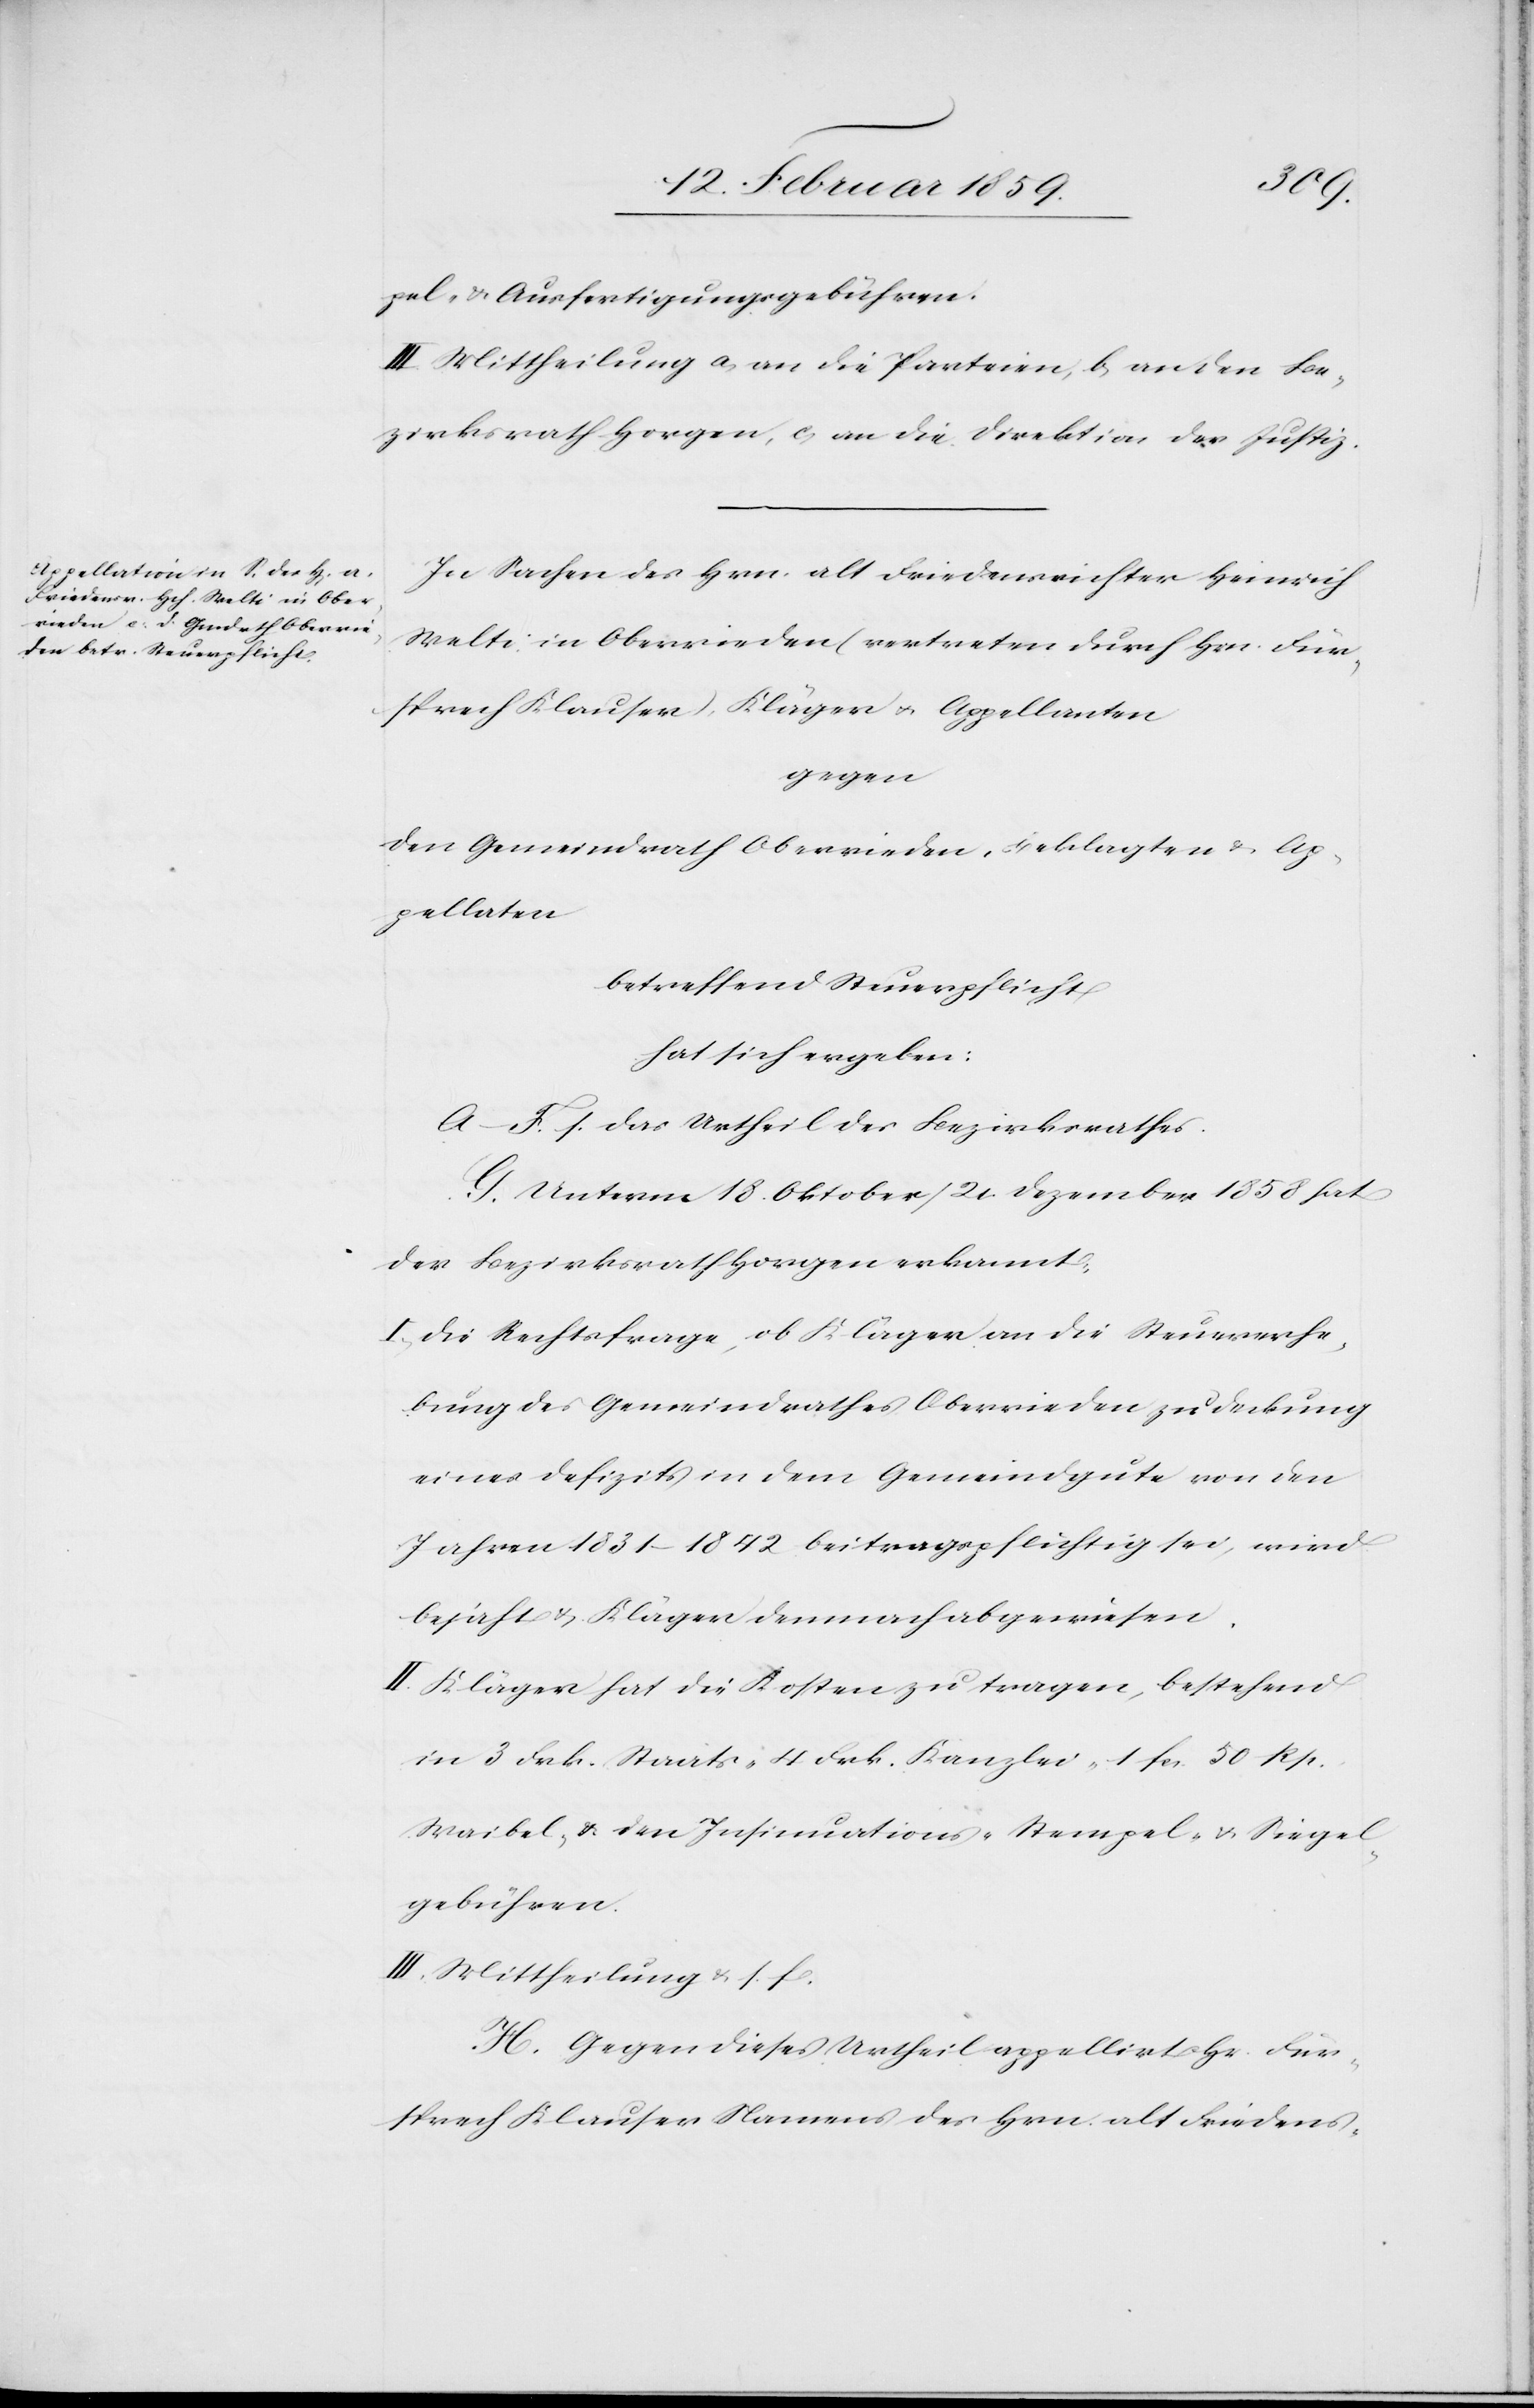
pel- & Ausfertigungsgebühren.
III. Mittheilung a) an die Parteien, b) an den Be¬
zirksrath Horgen, c) an die Direktion der Justiz.
In Sachen des Hrn. alt Friedensrichter Heinrich
Welti in Oberrieden (vertreten durch Hrn. Für¬
sprech Klauser), Kläger u. Appellanten
gegen
den Gemeindrath Oberrieden, Beklagten & Ap¬
pellaten
betreffend Steuerpflicht
hat sich ergeben:
A. –F. s. das Urtheil des Bezirksrathes.
G. Unterm 18. Oktober / 21. Dezember 1858 hat
der Bezirksrath Horgen erkannt:
I. Die Rechtsfrage, ob Kläger an die Steuererhe¬
bung des Gemeindrathes Oberrieden zu Deckung
eines Defizits in dem Gemeindgute von den
Jahren 1831–1842 beitragspflichtig sei, wird
bejaht & Kläger demnach abgewiesen
II. Kläger hat die Kosten zu tragen, bestehend
in 3 Frk. Staats-[,] 4 Frk. Kanzlei-[,] 1 fcs. 50 Rp.
Waibel- & den Insinuations-[,] Stempel- u. Siegel¬
gebühren.
III. Mittheilung u. s. f.
H. Gegen dieses Urtheil appellirt Hr. Für¬
sprech Klauser Namens des Hrn. alt Friedens-